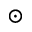
\odot